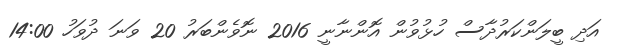
އަދި ބީލަންކަރުދާސް ހުޅުވުން އޮންނާނީ 2016 ނޮވެންބަރު 20 ވަނަ ދުވަހު 14:00